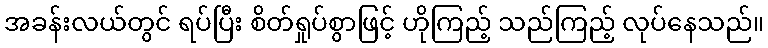
အခန်းလယ်တွင် ရပ်ပြီး စိတ်ရှုပ်စွာဖြင့် ဟိုကြည့် သည်ကြည့် လုပ်နေသည်။